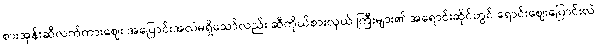
စားအုန်းဆီလက်ကားဈေး အပြောင်းအလဲမရှိသော်လည်း ဆီကိုယ်စားလှယ် ကြီးများ၏ အရောင်းဆိုင်တွင် ရောင်းဈေးပြောင်းလဲ